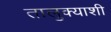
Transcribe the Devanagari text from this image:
तालुक्‍याशी